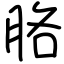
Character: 胳